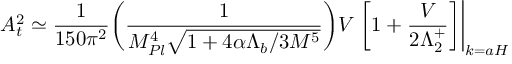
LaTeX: A _ { \sc t } ^ { 2 } \simeq \frac { 1 } { 1 5 0 \pi ^ { 2 } } \bigg ( \frac { 1 } { M _ { P l } ^ { 4 } \sqrt { 1 + 4 \alpha \Lambda _ { b } / 3 M ^ { 5 } } } \bigg ) V \left. \left[ 1 + \frac { V } { 2 \Lambda _ { 2 } ^ { + } } \right] \right| _ { k = a H } \,